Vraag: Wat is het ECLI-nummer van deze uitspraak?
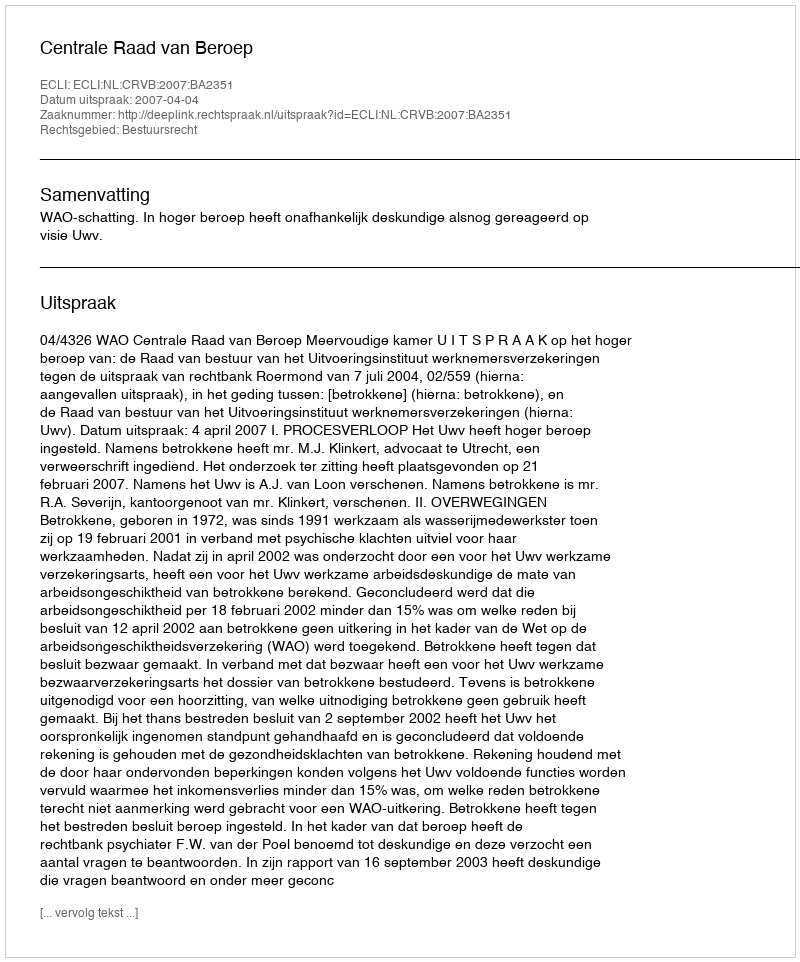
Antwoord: ECLI:NL:CRVB:2007:BA2351